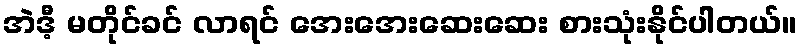
အဲဒီ့ မတိုင်ခင် လာရင် အေးအေးဆေးဆေး စားသုံးနိုင်ပါတယ်။